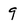
Character: 9